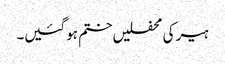
ہیر کی محفلیں ختم ہو گئیں۔